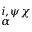
^ { i , \psi \chi } _ { \alpha }